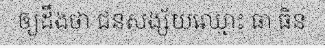
ឲ្យដឹងថា ជនសង្ស័យឈ្មោះ ធា ធិន